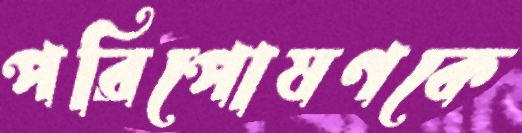
পরিপোষণকে